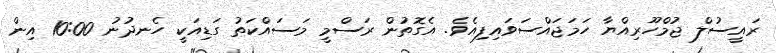
ރައީސުލް ޖުމްހޫރިއްޔާ ހަމަޖައްސަވައިފިއެވެ. އެގޮތުން ރަސްމީ މަސައްކަތު ގަޑިއަކީ ހެނދުނު 10:00 އިން